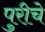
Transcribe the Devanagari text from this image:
पुरीचे